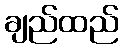
ချည်ထည်